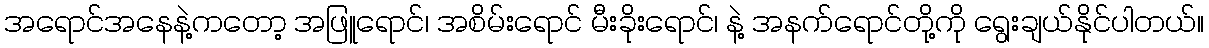
အရောင်အနေနဲ့ကတော့ အဖြူရောင်၊ အစိမ်းရောင် မီးခိုးရောင်၊ နဲ့ အနက်ရောင်တို့ကို ရွေးချယ်နိုင်ပါတယ်။